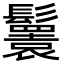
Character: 𩯴